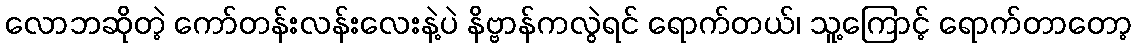
လောဘဆိုတဲ့ ကော်တန်းလန်းလေးနဲ့ပဲ နိဗ္ဗာန်ကလွဲရင် ရောက်တယ်၊ သူ့ကြောင့် ရောက်တာတော့